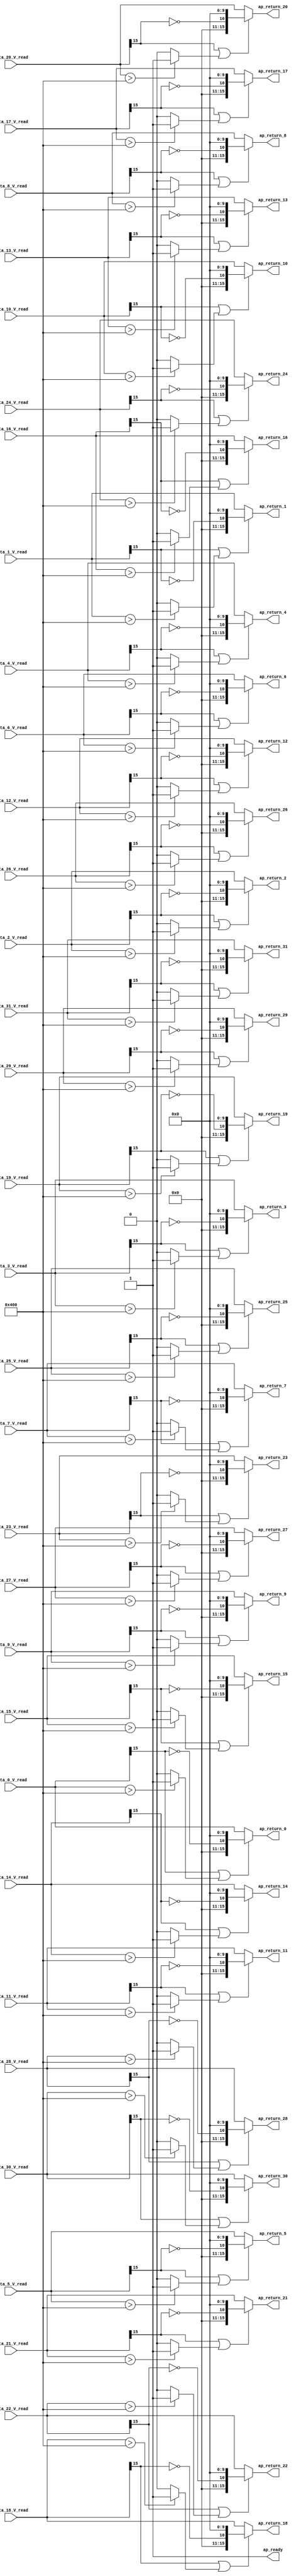

module relu_max_ap_fixed_ap_fixed_1_relu1_config13_s (
        ap_ready,
        data_0_V_read,
        data_1_V_read,
        data_2_V_read,
        data_3_V_read,
        data_4_V_read,
        data_5_V_read,
        data_6_V_read,
        data_7_V_read,
        data_8_V_read,
        data_9_V_read,
        data_10_V_read,
        data_11_V_read,
        data_12_V_read,
        data_13_V_read,
        data_14_V_read,
        data_15_V_read,
        data_16_V_read,
        data_17_V_read,
        data_18_V_read,
        data_19_V_read,
        data_20_V_read,
        data_21_V_read,
        data_22_V_read,
        data_23_V_read,
        data_24_V_read,
        data_25_V_read,
        data_26_V_read,
        data_27_V_read,
        data_28_V_read,
        data_29_V_read,
        data_30_V_read,
        data_31_V_read,
        ap_return_0,
        ap_return_1,
        ap_return_2,
        ap_return_3,
        ap_return_4,
        ap_return_5,
        ap_return_6,
        ap_return_7,
        ap_return_8,
        ap_return_9,
        ap_return_10,
        ap_return_11,
        ap_return_12,
        ap_return_13,
        ap_return_14,
        ap_return_15,
        ap_return_16,
        ap_return_17,
        ap_return_18,
        ap_return_19,
        ap_return_20,
        ap_return_21,
        ap_return_22,
        ap_return_23,
        ap_return_24,
        ap_return_25,
        ap_return_26,
        ap_return_27,
        ap_return_28,
        ap_return_29,
        ap_return_30,
        ap_return_31
);


output   ap_ready;
input  [15:0] data_0_V_read;
input  [15:0] data_1_V_read;
input  [15:0] data_2_V_read;
input  [15:0] data_3_V_read;
input  [15:0] data_4_V_read;
input  [15:0] data_5_V_read;
input  [15:0] data_6_V_read;
input  [15:0] data_7_V_read;
input  [15:0] data_8_V_read;
input  [15:0] data_9_V_read;
input  [15:0] data_10_V_read;
input  [15:0] data_11_V_read;
input  [15:0] data_12_V_read;
input  [15:0] data_13_V_read;
input  [15:0] data_14_V_read;
input  [15:0] data_15_V_read;
input  [15:0] data_16_V_read;
input  [15:0] data_17_V_read;
input  [15:0] data_18_V_read;
input  [15:0] data_19_V_read;
input  [15:0] data_20_V_read;
input  [15:0] data_21_V_read;
input  [15:0] data_22_V_read;
input  [15:0] data_23_V_read;
input  [15:0] data_24_V_read;
input  [15:0] data_25_V_read;
input  [15:0] data_26_V_read;
input  [15:0] data_27_V_read;
input  [15:0] data_28_V_read;
input  [15:0] data_29_V_read;
input  [15:0] data_30_V_read;
input  [15:0] data_31_V_read;
output  [15:0] ap_return_0;
output  [15:0] ap_return_1;
output  [15:0] ap_return_2;
output  [15:0] ap_return_3;
output  [15:0] ap_return_4;
output  [15:0] ap_return_5;
output  [15:0] ap_return_6;
output  [15:0] ap_return_7;
output  [15:0] ap_return_8;
output  [15:0] ap_return_9;
output  [15:0] ap_return_10;
output  [15:0] ap_return_11;
output  [15:0] ap_return_12;
output  [15:0] ap_return_13;
output  [15:0] ap_return_14;
output  [15:0] ap_return_15;
output  [15:0] ap_return_16;
output  [15:0] ap_return_17;
output  [15:0] ap_return_18;
output  [15:0] ap_return_19;
output  [15:0] ap_return_20;
output  [15:0] ap_return_21;
output  [15:0] ap_return_22;
output  [15:0] ap_return_23;
output  [15:0] ap_return_24;
output  [15:0] ap_return_25;
output  [15:0] ap_return_26;
output  [15:0] ap_return_27;
output  [15:0] ap_return_28;
output  [15:0] ap_return_29;
output  [15:0] ap_return_30;
output  [15:0] ap_return_31;

wire   [0:0] tmp_290_fu_302_p3;
wire   [0:0] xor_ln1495_fu_310_p2;
wire   [10:0] tmp_291_fu_316_p3;
wire   [0:0] tmp_289_fu_288_p3;
wire   [0:0] icmp_ln1494_fu_296_p2;
wire   [0:0] or_ln1495_fu_328_p2;
wire   [15:0] zext_ln1495_fu_324_p1;
wire   [0:0] tmp_293_fu_356_p3;
wire   [0:0] xor_ln1495_95_fu_364_p2;
wire   [10:0] tmp_294_fu_370_p3;
wire   [0:0] tmp_292_fu_342_p3;
wire   [0:0] icmp_ln1494_1_fu_350_p2;
wire   [0:0] or_ln1495_95_fu_382_p2;
wire   [15:0] zext_ln1495_95_fu_378_p1;
wire   [0:0] tmp_296_fu_410_p3;
wire   [0:0] xor_ln1495_96_fu_418_p2;
wire   [10:0] tmp_297_fu_424_p3;
wire   [0:0] tmp_295_fu_396_p3;
wire   [0:0] icmp_ln1494_2_fu_404_p2;
wire   [0:0] or_ln1495_96_fu_436_p2;
wire   [15:0] zext_ln1495_96_fu_432_p1;
wire   [0:0] tmp_299_fu_464_p3;
wire   [0:0] xor_ln1495_97_fu_472_p2;
wire   [10:0] tmp_300_fu_478_p3;
wire   [0:0] tmp_298_fu_450_p3;
wire   [0:0] icmp_ln1494_3_fu_458_p2;
wire   [0:0] or_ln1495_97_fu_490_p2;
wire   [15:0] zext_ln1495_97_fu_486_p1;
wire   [0:0] tmp_302_fu_518_p3;
wire   [0:0] xor_ln1495_98_fu_526_p2;
wire   [10:0] tmp_303_fu_532_p3;
wire   [0:0] tmp_301_fu_504_p3;
wire   [0:0] icmp_ln1494_4_fu_512_p2;
wire   [0:0] or_ln1495_98_fu_544_p2;
wire   [15:0] zext_ln1495_98_fu_540_p1;
wire   [0:0] tmp_305_fu_572_p3;
wire   [0:0] xor_ln1495_99_fu_580_p2;
wire   [10:0] tmp_306_fu_586_p3;
wire   [0:0] tmp_304_fu_558_p3;
wire   [0:0] icmp_ln1494_5_fu_566_p2;
wire   [0:0] or_ln1495_99_fu_598_p2;
wire   [15:0] zext_ln1495_99_fu_594_p1;
wire   [0:0] tmp_308_fu_626_p3;
wire   [0:0] xor_ln1495_100_fu_634_p2;
wire   [10:0] tmp_309_fu_640_p3;
wire   [0:0] tmp_307_fu_612_p3;
wire   [0:0] icmp_ln1494_6_fu_620_p2;
wire   [0:0] or_ln1495_100_fu_652_p2;
wire   [15:0] zext_ln1495_100_fu_648_p1;
wire   [0:0] tmp_311_fu_680_p3;
wire   [0:0] xor_ln1495_101_fu_688_p2;
wire   [10:0] tmp_312_fu_694_p3;
wire   [0:0] tmp_310_fu_666_p3;
wire   [0:0] icmp_ln1494_7_fu_674_p2;
wire   [0:0] or_ln1495_101_fu_706_p2;
wire   [15:0] zext_ln1495_101_fu_702_p1;
wire   [0:0] tmp_314_fu_734_p3;
wire   [0:0] xor_ln1495_102_fu_742_p2;
wire   [10:0] tmp_315_fu_748_p3;
wire   [0:0] tmp_313_fu_720_p3;
wire   [0:0] icmp_ln1494_8_fu_728_p2;
wire   [0:0] or_ln1495_102_fu_760_p2;
wire   [15:0] zext_ln1495_102_fu_756_p1;
wire   [0:0] tmp_317_fu_788_p3;
wire   [0:0] xor_ln1495_103_fu_796_p2;
wire   [10:0] tmp_318_fu_802_p3;
wire   [0:0] tmp_316_fu_774_p3;
wire   [0:0] icmp_ln1494_9_fu_782_p2;
wire   [0:0] or_ln1495_103_fu_814_p2;
wire   [15:0] zext_ln1495_103_fu_810_p1;
wire   [0:0] tmp_320_fu_842_p3;
wire   [0:0] xor_ln1495_104_fu_850_p2;
wire   [10:0] tmp_321_fu_856_p3;
wire   [0:0] tmp_319_fu_828_p3;
wire   [0:0] icmp_ln1494_10_fu_836_p2;
wire   [0:0] or_ln1495_104_fu_868_p2;
wire   [15:0] zext_ln1495_104_fu_864_p1;
wire   [0:0] tmp_323_fu_896_p3;
wire   [0:0] xor_ln1495_105_fu_904_p2;
wire   [10:0] tmp_324_fu_910_p3;
wire   [0:0] tmp_322_fu_882_p3;
wire   [0:0] icmp_ln1494_11_fu_890_p2;
wire   [0:0] or_ln1495_105_fu_922_p2;
wire   [15:0] zext_ln1495_105_fu_918_p1;
wire   [0:0] tmp_326_fu_950_p3;
wire   [0:0] xor_ln1495_106_fu_958_p2;
wire   [10:0] tmp_327_fu_964_p3;
wire   [0:0] tmp_325_fu_936_p3;
wire   [0:0] icmp_ln1494_12_fu_944_p2;
wire   [0:0] or_ln1495_106_fu_976_p2;
wire   [15:0] zext_ln1495_106_fu_972_p1;
wire   [0:0] tmp_329_fu_1004_p3;
wire   [0:0] xor_ln1495_107_fu_1012_p2;
wire   [10:0] tmp_330_fu_1018_p3;
wire   [0:0] tmp_328_fu_990_p3;
wire   [0:0] icmp_ln1494_13_fu_998_p2;
wire   [0:0] or_ln1495_107_fu_1030_p2;
wire   [15:0] zext_ln1495_107_fu_1026_p1;
wire   [0:0] tmp_332_fu_1058_p3;
wire   [0:0] xor_ln1495_108_fu_1066_p2;
wire   [10:0] tmp_333_fu_1072_p3;
wire   [0:0] tmp_331_fu_1044_p3;
wire   [0:0] icmp_ln1494_14_fu_1052_p2;
wire   [0:0] or_ln1495_108_fu_1084_p2;
wire   [15:0] zext_ln1495_108_fu_1080_p1;
wire   [0:0] tmp_335_fu_1112_p3;
wire   [0:0] xor_ln1495_109_fu_1120_p2;
wire   [10:0] tmp_336_fu_1126_p3;
wire   [0:0] tmp_334_fu_1098_p3;
wire   [0:0] icmp_ln1494_15_fu_1106_p2;
wire   [0:0] or_ln1495_109_fu_1138_p2;
wire   [15:0] zext_ln1495_109_fu_1134_p1;
wire   [0:0] tmp_338_fu_1166_p3;
wire   [0:0] xor_ln1495_110_fu_1174_p2;
wire   [10:0] tmp_339_fu_1180_p3;
wire   [0:0] tmp_337_fu_1152_p3;
wire   [0:0] icmp_ln1494_16_fu_1160_p2;
wire   [0:0] or_ln1495_110_fu_1192_p2;
wire   [15:0] zext_ln1495_110_fu_1188_p1;
wire   [0:0] tmp_341_fu_1220_p3;
wire   [0:0] xor_ln1495_111_fu_1228_p2;
wire   [10:0] tmp_342_fu_1234_p3;
wire   [0:0] tmp_340_fu_1206_p3;
wire   [0:0] icmp_ln1494_17_fu_1214_p2;
wire   [0:0] or_ln1495_111_fu_1246_p2;
wire   [15:0] zext_ln1495_111_fu_1242_p1;
wire   [0:0] tmp_344_fu_1274_p3;
wire   [0:0] xor_ln1495_112_fu_1282_p2;
wire   [10:0] tmp_345_fu_1288_p3;
wire   [0:0] tmp_343_fu_1260_p3;
wire   [0:0] icmp_ln1494_18_fu_1268_p2;
wire   [0:0] or_ln1495_112_fu_1300_p2;
wire   [15:0] zext_ln1495_112_fu_1296_p1;
wire   [0:0] tmp_347_fu_1328_p3;
wire   [0:0] xor_ln1495_113_fu_1336_p2;
wire   [10:0] tmp_348_fu_1342_p3;
wire   [0:0] tmp_346_fu_1314_p3;
wire   [0:0] icmp_ln1494_19_fu_1322_p2;
wire   [0:0] or_ln1495_113_fu_1354_p2;
wire   [15:0] zext_ln1495_113_fu_1350_p1;
wire   [0:0] tmp_350_fu_1382_p3;
wire   [0:0] xor_ln1495_114_fu_1390_p2;
wire   [10:0] tmp_351_fu_1396_p3;
wire   [0:0] tmp_349_fu_1368_p3;
wire   [0:0] icmp_ln1494_20_fu_1376_p2;
wire   [0:0] or_ln1495_114_fu_1408_p2;
wire   [15:0] zext_ln1495_114_fu_1404_p1;
wire   [0:0] tmp_353_fu_1436_p3;
wire   [0:0] xor_ln1495_115_fu_1444_p2;
wire   [10:0] tmp_354_fu_1450_p3;
wire   [0:0] tmp_352_fu_1422_p3;
wire   [0:0] icmp_ln1494_21_fu_1430_p2;
wire   [0:0] or_ln1495_115_fu_1462_p2;
wire   [15:0] zext_ln1495_115_fu_1458_p1;
wire   [0:0] tmp_356_fu_1490_p3;
wire   [0:0] xor_ln1495_116_fu_1498_p2;
wire   [10:0] tmp_357_fu_1504_p3;
wire   [0:0] tmp_355_fu_1476_p3;
wire   [0:0] icmp_ln1494_22_fu_1484_p2;
wire   [0:0] or_ln1495_116_fu_1516_p2;
wire   [15:0] zext_ln1495_116_fu_1512_p1;
wire   [0:0] tmp_359_fu_1544_p3;
wire   [0:0] xor_ln1495_117_fu_1552_p2;
wire   [10:0] tmp_360_fu_1558_p3;
wire   [0:0] tmp_358_fu_1530_p3;
wire   [0:0] icmp_ln1494_23_fu_1538_p2;
wire   [0:0] or_ln1495_117_fu_1570_p2;
wire   [15:0] zext_ln1495_117_fu_1566_p1;
wire   [0:0] tmp_362_fu_1598_p3;
wire   [0:0] xor_ln1495_118_fu_1606_p2;
wire   [10:0] tmp_363_fu_1612_p3;
wire   [0:0] tmp_361_fu_1584_p3;
wire   [0:0] icmp_ln1494_24_fu_1592_p2;
wire   [0:0] or_ln1495_118_fu_1624_p2;
wire   [15:0] zext_ln1495_118_fu_1620_p1;
wire   [0:0] tmp_365_fu_1652_p3;
wire   [0:0] xor_ln1495_119_fu_1660_p2;
wire   [10:0] tmp_366_fu_1666_p3;
wire   [0:0] tmp_364_fu_1638_p3;
wire   [0:0] icmp_ln1494_25_fu_1646_p2;
wire   [0:0] or_ln1495_119_fu_1678_p2;
wire   [15:0] zext_ln1495_119_fu_1674_p1;
wire   [0:0] tmp_368_fu_1706_p3;
wire   [0:0] xor_ln1495_120_fu_1714_p2;
wire   [10:0] tmp_369_fu_1720_p3;
wire   [0:0] tmp_367_fu_1692_p3;
wire   [0:0] icmp_ln1494_26_fu_1700_p2;
wire   [0:0] or_ln1495_120_fu_1732_p2;
wire   [15:0] zext_ln1495_120_fu_1728_p1;
wire   [0:0] tmp_371_fu_1760_p3;
wire   [0:0] xor_ln1495_121_fu_1768_p2;
wire   [10:0] tmp_372_fu_1774_p3;
wire   [0:0] tmp_370_fu_1746_p3;
wire   [0:0] icmp_ln1494_27_fu_1754_p2;
wire   [0:0] or_ln1495_121_fu_1786_p2;
wire   [15:0] zext_ln1495_121_fu_1782_p1;
wire   [0:0] tmp_374_fu_1814_p3;
wire   [0:0] xor_ln1495_122_fu_1822_p2;
wire   [10:0] tmp_375_fu_1828_p3;
wire   [0:0] tmp_373_fu_1800_p3;
wire   [0:0] icmp_ln1494_28_fu_1808_p2;
wire   [0:0] or_ln1495_122_fu_1840_p2;
wire   [15:0] zext_ln1495_122_fu_1836_p1;
wire   [0:0] tmp_377_fu_1868_p3;
wire   [0:0] xor_ln1495_123_fu_1876_p2;
wire   [10:0] tmp_378_fu_1882_p3;
wire   [0:0] tmp_376_fu_1854_p3;
wire   [0:0] icmp_ln1494_29_fu_1862_p2;
wire   [0:0] or_ln1495_123_fu_1894_p2;
wire   [15:0] zext_ln1495_123_fu_1890_p1;
wire   [0:0] tmp_380_fu_1922_p3;
wire   [0:0] xor_ln1495_124_fu_1930_p2;
wire   [10:0] tmp_381_fu_1936_p3;
wire   [0:0] tmp_379_fu_1908_p3;
wire   [0:0] icmp_ln1494_30_fu_1916_p2;
wire   [0:0] or_ln1495_124_fu_1948_p2;
wire   [15:0] zext_ln1495_124_fu_1944_p1;
wire   [0:0] tmp_383_fu_1976_p3;
wire   [0:0] xor_ln1495_125_fu_1984_p2;
wire   [10:0] tmp_384_fu_1990_p3;
wire   [0:0] tmp_382_fu_1962_p3;
wire   [0:0] icmp_ln1494_31_fu_1970_p2;
wire   [0:0] or_ln1495_125_fu_2002_p2;
wire   [15:0] zext_ln1495_125_fu_1998_p1;
wire   [15:0] select_ln1495_fu_334_p3;
wire   [15:0] select_ln1495_95_fu_388_p3;
wire   [15:0] select_ln1495_96_fu_442_p3;
wire   [15:0] select_ln1495_97_fu_496_p3;
wire   [15:0] select_ln1495_98_fu_550_p3;
wire   [15:0] select_ln1495_99_fu_604_p3;
wire   [15:0] select_ln1495_100_fu_658_p3;
wire   [15:0] select_ln1495_101_fu_712_p3;
wire   [15:0] select_ln1495_102_fu_766_p3;
wire   [15:0] select_ln1495_103_fu_820_p3;
wire   [15:0] select_ln1495_104_fu_874_p3;
wire   [15:0] select_ln1495_105_fu_928_p3;
wire   [15:0] select_ln1495_106_fu_982_p3;
wire   [15:0] select_ln1495_107_fu_1036_p3;
wire   [15:0] select_ln1495_108_fu_1090_p3;
wire   [15:0] select_ln1495_109_fu_1144_p3;
wire   [15:0] select_ln1495_110_fu_1198_p3;
wire   [15:0] select_ln1495_111_fu_1252_p3;
wire   [15:0] select_ln1495_112_fu_1306_p3;
wire   [15:0] select_ln1495_113_fu_1360_p3;
wire   [15:0] select_ln1495_114_fu_1414_p3;
wire   [15:0] select_ln1495_115_fu_1468_p3;
wire   [15:0] select_ln1495_116_fu_1522_p3;
wire   [15:0] select_ln1495_117_fu_1576_p3;
wire   [15:0] select_ln1495_118_fu_1630_p3;
wire   [15:0] select_ln1495_119_fu_1684_p3;
wire   [15:0] select_ln1495_120_fu_1738_p3;
wire   [15:0] select_ln1495_121_fu_1792_p3;
wire   [15:0] select_ln1495_122_fu_1846_p3;
wire   [15:0] select_ln1495_123_fu_1900_p3;
wire   [15:0] select_ln1495_124_fu_1954_p3;
wire   [15:0] select_ln1495_125_fu_2008_p3;

assign ap_ready = 1'b1;

assign ap_return_0 = select_ln1495_fu_334_p3;

assign ap_return_1 = select_ln1495_95_fu_388_p3;

assign ap_return_10 = select_ln1495_104_fu_874_p3;

assign ap_return_11 = select_ln1495_105_fu_928_p3;

assign ap_return_12 = select_ln1495_106_fu_982_p3;

assign ap_return_13 = select_ln1495_107_fu_1036_p3;

assign ap_return_14 = select_ln1495_108_fu_1090_p3;

assign ap_return_15 = select_ln1495_109_fu_1144_p3;

assign ap_return_16 = select_ln1495_110_fu_1198_p3;

assign ap_return_17 = select_ln1495_111_fu_1252_p3;

assign ap_return_18 = select_ln1495_112_fu_1306_p3;

assign ap_return_19 = select_ln1495_113_fu_1360_p3;

assign ap_return_2 = select_ln1495_96_fu_442_p3;

assign ap_return_20 = select_ln1495_114_fu_1414_p3;

assign ap_return_21 = select_ln1495_115_fu_1468_p3;

assign ap_return_22 = select_ln1495_116_fu_1522_p3;

assign ap_return_23 = select_ln1495_117_fu_1576_p3;

assign ap_return_24 = select_ln1495_118_fu_1630_p3;

assign ap_return_25 = select_ln1495_119_fu_1684_p3;

assign ap_return_26 = select_ln1495_120_fu_1738_p3;

assign ap_return_27 = select_ln1495_121_fu_1792_p3;

assign ap_return_28 = select_ln1495_122_fu_1846_p3;

assign ap_return_29 = select_ln1495_123_fu_1900_p3;

assign ap_return_3 = select_ln1495_97_fu_496_p3;

assign ap_return_30 = select_ln1495_124_fu_1954_p3;

assign ap_return_31 = select_ln1495_125_fu_2008_p3;

assign ap_return_4 = select_ln1495_98_fu_550_p3;

assign ap_return_5 = select_ln1495_99_fu_604_p3;

assign ap_return_6 = select_ln1495_100_fu_658_p3;

assign ap_return_7 = select_ln1495_101_fu_712_p3;

assign ap_return_8 = select_ln1495_102_fu_766_p3;

assign ap_return_9 = select_ln1495_103_fu_820_p3;

assign icmp_ln1494_10_fu_836_p2 = (((data_10_V_read) > (16'd1024)) ? 1'b1 : 1'b0);

assign icmp_ln1494_11_fu_890_p2 = (((data_11_V_read) > (16'd1024)) ? 1'b1 : 1'b0);

assign icmp_ln1494_12_fu_944_p2 = (((data_12_V_read) > (16'd1024)) ? 1'b1 : 1'b0);

assign icmp_ln1494_13_fu_998_p2 = (((data_13_V_read) > (16'd1024)) ? 1'b1 : 1'b0);

assign icmp_ln1494_14_fu_1052_p2 = (((data_14_V_read) > (16'd1024)) ? 1'b1 : 1'b0);

assign icmp_ln1494_15_fu_1106_p2 = (((data_15_V_read) > (16'd1024)) ? 1'b1 : 1'b0);

assign icmp_ln1494_16_fu_1160_p2 = (((data_16_V_read) > (16'd1024)) ? 1'b1 : 1'b0);

assign icmp_ln1494_17_fu_1214_p2 = (((data_17_V_read) > (16'd1024)) ? 1'b1 : 1'b0);

assign icmp_ln1494_18_fu_1268_p2 = (((data_18_V_read) > (16'd1024)) ? 1'b1 : 1'b0);

assign icmp_ln1494_19_fu_1322_p2 = (((data_19_V_read) > (16'd1024)) ? 1'b1 : 1'b0);

assign icmp_ln1494_1_fu_350_p2 = (((data_1_V_read) > (16'd1024)) ? 1'b1 : 1'b0);

assign icmp_ln1494_20_fu_1376_p2 = (((data_20_V_read) > (16'd1024)) ? 1'b1 : 1'b0);

assign icmp_ln1494_21_fu_1430_p2 = (((data_21_V_read) > (16'd1024)) ? 1'b1 : 1'b0);

assign icmp_ln1494_22_fu_1484_p2 = (((data_22_V_read) > (16'd1024)) ? 1'b1 : 1'b0);

assign icmp_ln1494_23_fu_1538_p2 = (((data_23_V_read) > (16'd1024)) ? 1'b1 : 1'b0);

assign icmp_ln1494_24_fu_1592_p2 = (((data_24_V_read) > (16'd1024)) ? 1'b1 : 1'b0);

assign icmp_ln1494_25_fu_1646_p2 = (((data_25_V_read) > (16'd1024)) ? 1'b1 : 1'b0);

assign icmp_ln1494_26_fu_1700_p2 = (((data_26_V_read) > (16'd1024)) ? 1'b1 : 1'b0);

assign icmp_ln1494_27_fu_1754_p2 = (((data_27_V_read) > (16'd1024)) ? 1'b1 : 1'b0);

assign icmp_ln1494_28_fu_1808_p2 = (((data_28_V_read) > (16'd1024)) ? 1'b1 : 1'b0);

assign icmp_ln1494_29_fu_1862_p2 = (((data_29_V_read) > (16'd1024)) ? 1'b1 : 1'b0);

assign icmp_ln1494_2_fu_404_p2 = (((data_2_V_read) > (16'd1024)) ? 1'b1 : 1'b0);

assign icmp_ln1494_30_fu_1916_p2 = (((data_30_V_read) > (16'd1024)) ? 1'b1 : 1'b0);

assign icmp_ln1494_31_fu_1970_p2 = (((data_31_V_read) > (16'd1024)) ? 1'b1 : 1'b0);

assign icmp_ln1494_3_fu_458_p2 = (((data_3_V_read) > (16'd1024)) ? 1'b1 : 1'b0);

assign icmp_ln1494_4_fu_512_p2 = (((data_4_V_read) > (16'd1024)) ? 1'b1 : 1'b0);

assign icmp_ln1494_5_fu_566_p2 = (((data_5_V_read) > (16'd1024)) ? 1'b1 : 1'b0);

assign icmp_ln1494_6_fu_620_p2 = (((data_6_V_read) > (16'd1024)) ? 1'b1 : 1'b0);

assign icmp_ln1494_7_fu_674_p2 = (((data_7_V_read) > (16'd1024)) ? 1'b1 : 1'b0);

assign icmp_ln1494_8_fu_728_p2 = (((data_8_V_read) > (16'd1024)) ? 1'b1 : 1'b0);

assign icmp_ln1494_9_fu_782_p2 = (((data_9_V_read) > (16'd1024)) ? 1'b1 : 1'b0);

assign icmp_ln1494_fu_296_p2 = (((data_0_V_read) > (16'd1024)) ? 1'b1 : 1'b0);

assign or_ln1495_100_fu_652_p2 = (tmp_307_fu_612_p3 | icmp_ln1494_6_fu_620_p2);

assign or_ln1495_101_fu_706_p2 = (tmp_310_fu_666_p3 | icmp_ln1494_7_fu_674_p2);

assign or_ln1495_102_fu_760_p2 = (tmp_313_fu_720_p3 | icmp_ln1494_8_fu_728_p2);

assign or_ln1495_103_fu_814_p2 = (tmp_316_fu_774_p3 | icmp_ln1494_9_fu_782_p2);

assign or_ln1495_104_fu_868_p2 = (tmp_319_fu_828_p3 | icmp_ln1494_10_fu_836_p2);

assign or_ln1495_105_fu_922_p2 = (tmp_322_fu_882_p3 | icmp_ln1494_11_fu_890_p2);

assign or_ln1495_106_fu_976_p2 = (tmp_325_fu_936_p3 | icmp_ln1494_12_fu_944_p2);

assign or_ln1495_107_fu_1030_p2 = (tmp_328_fu_990_p3 | icmp_ln1494_13_fu_998_p2);

assign or_ln1495_108_fu_1084_p2 = (tmp_331_fu_1044_p3 | icmp_ln1494_14_fu_1052_p2);

assign or_ln1495_109_fu_1138_p2 = (tmp_334_fu_1098_p3 | icmp_ln1494_15_fu_1106_p2);

assign or_ln1495_110_fu_1192_p2 = (tmp_337_fu_1152_p3 | icmp_ln1494_16_fu_1160_p2);

assign or_ln1495_111_fu_1246_p2 = (tmp_340_fu_1206_p3 | icmp_ln1494_17_fu_1214_p2);

assign or_ln1495_112_fu_1300_p2 = (tmp_343_fu_1260_p3 | icmp_ln1494_18_fu_1268_p2);

assign or_ln1495_113_fu_1354_p2 = (tmp_346_fu_1314_p3 | icmp_ln1494_19_fu_1322_p2);

assign or_ln1495_114_fu_1408_p2 = (tmp_349_fu_1368_p3 | icmp_ln1494_20_fu_1376_p2);

assign or_ln1495_115_fu_1462_p2 = (tmp_352_fu_1422_p3 | icmp_ln1494_21_fu_1430_p2);

assign or_ln1495_116_fu_1516_p2 = (tmp_355_fu_1476_p3 | icmp_ln1494_22_fu_1484_p2);

assign or_ln1495_117_fu_1570_p2 = (tmp_358_fu_1530_p3 | icmp_ln1494_23_fu_1538_p2);

assign or_ln1495_118_fu_1624_p2 = (tmp_361_fu_1584_p3 | icmp_ln1494_24_fu_1592_p2);

assign or_ln1495_119_fu_1678_p2 = (tmp_364_fu_1638_p3 | icmp_ln1494_25_fu_1646_p2);

assign or_ln1495_120_fu_1732_p2 = (tmp_367_fu_1692_p3 | icmp_ln1494_26_fu_1700_p2);

assign or_ln1495_121_fu_1786_p2 = (tmp_370_fu_1746_p3 | icmp_ln1494_27_fu_1754_p2);

assign or_ln1495_122_fu_1840_p2 = (tmp_373_fu_1800_p3 | icmp_ln1494_28_fu_1808_p2);

assign or_ln1495_123_fu_1894_p2 = (tmp_376_fu_1854_p3 | icmp_ln1494_29_fu_1862_p2);

assign or_ln1495_124_fu_1948_p2 = (tmp_379_fu_1908_p3 | icmp_ln1494_30_fu_1916_p2);

assign or_ln1495_125_fu_2002_p2 = (tmp_382_fu_1962_p3 | icmp_ln1494_31_fu_1970_p2);

assign or_ln1495_95_fu_382_p2 = (tmp_292_fu_342_p3 | icmp_ln1494_1_fu_350_p2);

assign or_ln1495_96_fu_436_p2 = (tmp_295_fu_396_p3 | icmp_ln1494_2_fu_404_p2);

assign or_ln1495_97_fu_490_p2 = (tmp_298_fu_450_p3 | icmp_ln1494_3_fu_458_p2);

assign or_ln1495_98_fu_544_p2 = (tmp_301_fu_504_p3 | icmp_ln1494_4_fu_512_p2);

assign or_ln1495_99_fu_598_p2 = (tmp_304_fu_558_p3 | icmp_ln1494_5_fu_566_p2);

assign or_ln1495_fu_328_p2 = (tmp_289_fu_288_p3 | icmp_ln1494_fu_296_p2);

assign select_ln1495_100_fu_658_p3 = ((or_ln1495_100_fu_652_p2[0:0] == 1'b1) ? zext_ln1495_100_fu_648_p1 : data_6_V_read);

assign select_ln1495_101_fu_712_p3 = ((or_ln1495_101_fu_706_p2[0:0] == 1'b1) ? zext_ln1495_101_fu_702_p1 : data_7_V_read);

assign select_ln1495_102_fu_766_p3 = ((or_ln1495_102_fu_760_p2[0:0] == 1'b1) ? zext_ln1495_102_fu_756_p1 : data_8_V_read);

assign select_ln1495_103_fu_820_p3 = ((or_ln1495_103_fu_814_p2[0:0] == 1'b1) ? zext_ln1495_103_fu_810_p1 : data_9_V_read);

assign select_ln1495_104_fu_874_p3 = ((or_ln1495_104_fu_868_p2[0:0] == 1'b1) ? zext_ln1495_104_fu_864_p1 : data_10_V_read);

assign select_ln1495_105_fu_928_p3 = ((or_ln1495_105_fu_922_p2[0:0] == 1'b1) ? zext_ln1495_105_fu_918_p1 : data_11_V_read);

assign select_ln1495_106_fu_982_p3 = ((or_ln1495_106_fu_976_p2[0:0] == 1'b1) ? zext_ln1495_106_fu_972_p1 : data_12_V_read);

assign select_ln1495_107_fu_1036_p3 = ((or_ln1495_107_fu_1030_p2[0:0] == 1'b1) ? zext_ln1495_107_fu_1026_p1 : data_13_V_read);

assign select_ln1495_108_fu_1090_p3 = ((or_ln1495_108_fu_1084_p2[0:0] == 1'b1) ? zext_ln1495_108_fu_1080_p1 : data_14_V_read);

assign select_ln1495_109_fu_1144_p3 = ((or_ln1495_109_fu_1138_p2[0:0] == 1'b1) ? zext_ln1495_109_fu_1134_p1 : data_15_V_read);

assign select_ln1495_110_fu_1198_p3 = ((or_ln1495_110_fu_1192_p2[0:0] == 1'b1) ? zext_ln1495_110_fu_1188_p1 : data_16_V_read);

assign select_ln1495_111_fu_1252_p3 = ((or_ln1495_111_fu_1246_p2[0:0] == 1'b1) ? zext_ln1495_111_fu_1242_p1 : data_17_V_read);

assign select_ln1495_112_fu_1306_p3 = ((or_ln1495_112_fu_1300_p2[0:0] == 1'b1) ? zext_ln1495_112_fu_1296_p1 : data_18_V_read);

assign select_ln1495_113_fu_1360_p3 = ((or_ln1495_113_fu_1354_p2[0:0] == 1'b1) ? zext_ln1495_113_fu_1350_p1 : data_19_V_read);

assign select_ln1495_114_fu_1414_p3 = ((or_ln1495_114_fu_1408_p2[0:0] == 1'b1) ? zext_ln1495_114_fu_1404_p1 : data_20_V_read);

assign select_ln1495_115_fu_1468_p3 = ((or_ln1495_115_fu_1462_p2[0:0] == 1'b1) ? zext_ln1495_115_fu_1458_p1 : data_21_V_read);

assign select_ln1495_116_fu_1522_p3 = ((or_ln1495_116_fu_1516_p2[0:0] == 1'b1) ? zext_ln1495_116_fu_1512_p1 : data_22_V_read);

assign select_ln1495_117_fu_1576_p3 = ((or_ln1495_117_fu_1570_p2[0:0] == 1'b1) ? zext_ln1495_117_fu_1566_p1 : data_23_V_read);

assign select_ln1495_118_fu_1630_p3 = ((or_ln1495_118_fu_1624_p2[0:0] == 1'b1) ? zext_ln1495_118_fu_1620_p1 : data_24_V_read);

assign select_ln1495_119_fu_1684_p3 = ((or_ln1495_119_fu_1678_p2[0:0] == 1'b1) ? zext_ln1495_119_fu_1674_p1 : data_25_V_read);

assign select_ln1495_120_fu_1738_p3 = ((or_ln1495_120_fu_1732_p2[0:0] == 1'b1) ? zext_ln1495_120_fu_1728_p1 : data_26_V_read);

assign select_ln1495_121_fu_1792_p3 = ((or_ln1495_121_fu_1786_p2[0:0] == 1'b1) ? zext_ln1495_121_fu_1782_p1 : data_27_V_read);

assign select_ln1495_122_fu_1846_p3 = ((or_ln1495_122_fu_1840_p2[0:0] == 1'b1) ? zext_ln1495_122_fu_1836_p1 : data_28_V_read);

assign select_ln1495_123_fu_1900_p3 = ((or_ln1495_123_fu_1894_p2[0:0] == 1'b1) ? zext_ln1495_123_fu_1890_p1 : data_29_V_read);

assign select_ln1495_124_fu_1954_p3 = ((or_ln1495_124_fu_1948_p2[0:0] == 1'b1) ? zext_ln1495_124_fu_1944_p1 : data_30_V_read);

assign select_ln1495_125_fu_2008_p3 = ((or_ln1495_125_fu_2002_p2[0:0] == 1'b1) ? zext_ln1495_125_fu_1998_p1 : data_31_V_read);

assign select_ln1495_95_fu_388_p3 = ((or_ln1495_95_fu_382_p2[0:0] == 1'b1) ? zext_ln1495_95_fu_378_p1 : data_1_V_read);

assign select_ln1495_96_fu_442_p3 = ((or_ln1495_96_fu_436_p2[0:0] == 1'b1) ? zext_ln1495_96_fu_432_p1 : data_2_V_read);

assign select_ln1495_97_fu_496_p3 = ((or_ln1495_97_fu_490_p2[0:0] == 1'b1) ? zext_ln1495_97_fu_486_p1 : data_3_V_read);

assign select_ln1495_98_fu_550_p3 = ((or_ln1495_98_fu_544_p2[0:0] == 1'b1) ? zext_ln1495_98_fu_540_p1 : data_4_V_read);

assign select_ln1495_99_fu_604_p3 = ((or_ln1495_99_fu_598_p2[0:0] == 1'b1) ? zext_ln1495_99_fu_594_p1 : data_5_V_read);

assign select_ln1495_fu_334_p3 = ((or_ln1495_fu_328_p2[0:0] == 1'b1) ? zext_ln1495_fu_324_p1 : data_0_V_read);

assign tmp_289_fu_288_p3 = data_0_V_read[32'd15];

assign tmp_290_fu_302_p3 = data_0_V_read[32'd15];

assign tmp_291_fu_316_p3 = {{xor_ln1495_fu_310_p2}, {10'd0}};

assign tmp_292_fu_342_p3 = data_1_V_read[32'd15];

assign tmp_293_fu_356_p3 = data_1_V_read[32'd15];

assign tmp_294_fu_370_p3 = {{xor_ln1495_95_fu_364_p2}, {10'd0}};

assign tmp_295_fu_396_p3 = data_2_V_read[32'd15];

assign tmp_296_fu_410_p3 = data_2_V_read[32'd15];

assign tmp_297_fu_424_p3 = {{xor_ln1495_96_fu_418_p2}, {10'd0}};

assign tmp_298_fu_450_p3 = data_3_V_read[32'd15];

assign tmp_299_fu_464_p3 = data_3_V_read[32'd15];

assign tmp_300_fu_478_p3 = {{xor_ln1495_97_fu_472_p2}, {10'd0}};

assign tmp_301_fu_504_p3 = data_4_V_read[32'd15];

assign tmp_302_fu_518_p3 = data_4_V_read[32'd15];

assign tmp_303_fu_532_p3 = {{xor_ln1495_98_fu_526_p2}, {10'd0}};

assign tmp_304_fu_558_p3 = data_5_V_read[32'd15];

assign tmp_305_fu_572_p3 = data_5_V_read[32'd15];

assign tmp_306_fu_586_p3 = {{xor_ln1495_99_fu_580_p2}, {10'd0}};

assign tmp_307_fu_612_p3 = data_6_V_read[32'd15];

assign tmp_308_fu_626_p3 = data_6_V_read[32'd15];

assign tmp_309_fu_640_p3 = {{xor_ln1495_100_fu_634_p2}, {10'd0}};

assign tmp_310_fu_666_p3 = data_7_V_read[32'd15];

assign tmp_311_fu_680_p3 = data_7_V_read[32'd15];

assign tmp_312_fu_694_p3 = {{xor_ln1495_101_fu_688_p2}, {10'd0}};

assign tmp_313_fu_720_p3 = data_8_V_read[32'd15];

assign tmp_314_fu_734_p3 = data_8_V_read[32'd15];

assign tmp_315_fu_748_p3 = {{xor_ln1495_102_fu_742_p2}, {10'd0}};

assign tmp_316_fu_774_p3 = data_9_V_read[32'd15];

assign tmp_317_fu_788_p3 = data_9_V_read[32'd15];

assign tmp_318_fu_802_p3 = {{xor_ln1495_103_fu_796_p2}, {10'd0}};

assign tmp_319_fu_828_p3 = data_10_V_read[32'd15];

assign tmp_320_fu_842_p3 = data_10_V_read[32'd15];

assign tmp_321_fu_856_p3 = {{xor_ln1495_104_fu_850_p2}, {10'd0}};

assign tmp_322_fu_882_p3 = data_11_V_read[32'd15];

assign tmp_323_fu_896_p3 = data_11_V_read[32'd15];

assign tmp_324_fu_910_p3 = {{xor_ln1495_105_fu_904_p2}, {10'd0}};

assign tmp_325_fu_936_p3 = data_12_V_read[32'd15];

assign tmp_326_fu_950_p3 = data_12_V_read[32'd15];

assign tmp_327_fu_964_p3 = {{xor_ln1495_106_fu_958_p2}, {10'd0}};

assign tmp_328_fu_990_p3 = data_13_V_read[32'd15];

assign tmp_329_fu_1004_p3 = data_13_V_read[32'd15];

assign tmp_330_fu_1018_p3 = {{xor_ln1495_107_fu_1012_p2}, {10'd0}};

assign tmp_331_fu_1044_p3 = data_14_V_read[32'd15];

assign tmp_332_fu_1058_p3 = data_14_V_read[32'd15];

assign tmp_333_fu_1072_p3 = {{xor_ln1495_108_fu_1066_p2}, {10'd0}};

assign tmp_334_fu_1098_p3 = data_15_V_read[32'd15];

assign tmp_335_fu_1112_p3 = data_15_V_read[32'd15];

assign tmp_336_fu_1126_p3 = {{xor_ln1495_109_fu_1120_p2}, {10'd0}};

assign tmp_337_fu_1152_p3 = data_16_V_read[32'd15];

assign tmp_338_fu_1166_p3 = data_16_V_read[32'd15];

assign tmp_339_fu_1180_p3 = {{xor_ln1495_110_fu_1174_p2}, {10'd0}};

assign tmp_340_fu_1206_p3 = data_17_V_read[32'd15];

assign tmp_341_fu_1220_p3 = data_17_V_read[32'd15];

assign tmp_342_fu_1234_p3 = {{xor_ln1495_111_fu_1228_p2}, {10'd0}};

assign tmp_343_fu_1260_p3 = data_18_V_read[32'd15];

assign tmp_344_fu_1274_p3 = data_18_V_read[32'd15];

assign tmp_345_fu_1288_p3 = {{xor_ln1495_112_fu_1282_p2}, {10'd0}};

assign tmp_346_fu_1314_p3 = data_19_V_read[32'd15];

assign tmp_347_fu_1328_p3 = data_19_V_read[32'd15];

assign tmp_348_fu_1342_p3 = {{xor_ln1495_113_fu_1336_p2}, {10'd0}};

assign tmp_349_fu_1368_p3 = data_20_V_read[32'd15];

assign tmp_350_fu_1382_p3 = data_20_V_read[32'd15];

assign tmp_351_fu_1396_p3 = {{xor_ln1495_114_fu_1390_p2}, {10'd0}};

assign tmp_352_fu_1422_p3 = data_21_V_read[32'd15];

assign tmp_353_fu_1436_p3 = data_21_V_read[32'd15];

assign tmp_354_fu_1450_p3 = {{xor_ln1495_115_fu_1444_p2}, {10'd0}};

assign tmp_355_fu_1476_p3 = data_22_V_read[32'd15];

assign tmp_356_fu_1490_p3 = data_22_V_read[32'd15];

assign tmp_357_fu_1504_p3 = {{xor_ln1495_116_fu_1498_p2}, {10'd0}};

assign tmp_358_fu_1530_p3 = data_23_V_read[32'd15];

assign tmp_359_fu_1544_p3 = data_23_V_read[32'd15];

assign tmp_360_fu_1558_p3 = {{xor_ln1495_117_fu_1552_p2}, {10'd0}};

assign tmp_361_fu_1584_p3 = data_24_V_read[32'd15];

assign tmp_362_fu_1598_p3 = data_24_V_read[32'd15];

assign tmp_363_fu_1612_p3 = {{xor_ln1495_118_fu_1606_p2}, {10'd0}};

assign tmp_364_fu_1638_p3 = data_25_V_read[32'd15];

assign tmp_365_fu_1652_p3 = data_25_V_read[32'd15];

assign tmp_366_fu_1666_p3 = {{xor_ln1495_119_fu_1660_p2}, {10'd0}};

assign tmp_367_fu_1692_p3 = data_26_V_read[32'd15];

assign tmp_368_fu_1706_p3 = data_26_V_read[32'd15];

assign tmp_369_fu_1720_p3 = {{xor_ln1495_120_fu_1714_p2}, {10'd0}};

assign tmp_370_fu_1746_p3 = data_27_V_read[32'd15];

assign tmp_371_fu_1760_p3 = data_27_V_read[32'd15];

assign tmp_372_fu_1774_p3 = {{xor_ln1495_121_fu_1768_p2}, {10'd0}};

assign tmp_373_fu_1800_p3 = data_28_V_read[32'd15];

assign tmp_374_fu_1814_p3 = data_28_V_read[32'd15];

assign tmp_375_fu_1828_p3 = {{xor_ln1495_122_fu_1822_p2}, {10'd0}};

assign tmp_376_fu_1854_p3 = data_29_V_read[32'd15];

assign tmp_377_fu_1868_p3 = data_29_V_read[32'd15];

assign tmp_378_fu_1882_p3 = {{xor_ln1495_123_fu_1876_p2}, {10'd0}};

assign tmp_379_fu_1908_p3 = data_30_V_read[32'd15];

assign tmp_380_fu_1922_p3 = data_30_V_read[32'd15];

assign tmp_381_fu_1936_p3 = {{xor_ln1495_124_fu_1930_p2}, {10'd0}};

assign tmp_382_fu_1962_p3 = data_31_V_read[32'd15];

assign tmp_383_fu_1976_p3 = data_31_V_read[32'd15];

assign tmp_384_fu_1990_p3 = {{xor_ln1495_125_fu_1984_p2}, {10'd0}};

assign xor_ln1495_100_fu_634_p2 = (tmp_308_fu_626_p3 ^ 1'd1);

assign xor_ln1495_101_fu_688_p2 = (tmp_311_fu_680_p3 ^ 1'd1);

assign xor_ln1495_102_fu_742_p2 = (tmp_314_fu_734_p3 ^ 1'd1);

assign xor_ln1495_103_fu_796_p2 = (tmp_317_fu_788_p3 ^ 1'd1);

assign xor_ln1495_104_fu_850_p2 = (tmp_320_fu_842_p3 ^ 1'd1);

assign xor_ln1495_105_fu_904_p2 = (tmp_323_fu_896_p3 ^ 1'd1);

assign xor_ln1495_106_fu_958_p2 = (tmp_326_fu_950_p3 ^ 1'd1);

assign xor_ln1495_107_fu_1012_p2 = (tmp_329_fu_1004_p3 ^ 1'd1);

assign xor_ln1495_108_fu_1066_p2 = (tmp_332_fu_1058_p3 ^ 1'd1);

assign xor_ln1495_109_fu_1120_p2 = (tmp_335_fu_1112_p3 ^ 1'd1);

assign xor_ln1495_110_fu_1174_p2 = (tmp_338_fu_1166_p3 ^ 1'd1);

assign xor_ln1495_111_fu_1228_p2 = (tmp_341_fu_1220_p3 ^ 1'd1);

assign xor_ln1495_112_fu_1282_p2 = (tmp_344_fu_1274_p3 ^ 1'd1);

assign xor_ln1495_113_fu_1336_p2 = (tmp_347_fu_1328_p3 ^ 1'd1);

assign xor_ln1495_114_fu_1390_p2 = (tmp_350_fu_1382_p3 ^ 1'd1);

assign xor_ln1495_115_fu_1444_p2 = (tmp_353_fu_1436_p3 ^ 1'd1);

assign xor_ln1495_116_fu_1498_p2 = (tmp_356_fu_1490_p3 ^ 1'd1);

assign xor_ln1495_117_fu_1552_p2 = (tmp_359_fu_1544_p3 ^ 1'd1);

assign xor_ln1495_118_fu_1606_p2 = (tmp_362_fu_1598_p3 ^ 1'd1);

assign xor_ln1495_119_fu_1660_p2 = (tmp_365_fu_1652_p3 ^ 1'd1);

assign xor_ln1495_120_fu_1714_p2 = (tmp_368_fu_1706_p3 ^ 1'd1);

assign xor_ln1495_121_fu_1768_p2 = (tmp_371_fu_1760_p3 ^ 1'd1);

assign xor_ln1495_122_fu_1822_p2 = (tmp_374_fu_1814_p3 ^ 1'd1);

assign xor_ln1495_123_fu_1876_p2 = (tmp_377_fu_1868_p3 ^ 1'd1);

assign xor_ln1495_124_fu_1930_p2 = (tmp_380_fu_1922_p3 ^ 1'd1);

assign xor_ln1495_125_fu_1984_p2 = (tmp_383_fu_1976_p3 ^ 1'd1);

assign xor_ln1495_95_fu_364_p2 = (tmp_293_fu_356_p3 ^ 1'd1);

assign xor_ln1495_96_fu_418_p2 = (tmp_296_fu_410_p3 ^ 1'd1);

assign xor_ln1495_97_fu_472_p2 = (tmp_299_fu_464_p3 ^ 1'd1);

assign xor_ln1495_98_fu_526_p2 = (tmp_302_fu_518_p3 ^ 1'd1);

assign xor_ln1495_99_fu_580_p2 = (tmp_305_fu_572_p3 ^ 1'd1);

assign xor_ln1495_fu_310_p2 = (tmp_290_fu_302_p3 ^ 1'd1);

assign zext_ln1495_100_fu_648_p1 = tmp_309_fu_640_p3;

assign zext_ln1495_101_fu_702_p1 = tmp_312_fu_694_p3;

assign zext_ln1495_102_fu_756_p1 = tmp_315_fu_748_p3;

assign zext_ln1495_103_fu_810_p1 = tmp_318_fu_802_p3;

assign zext_ln1495_104_fu_864_p1 = tmp_321_fu_856_p3;

assign zext_ln1495_105_fu_918_p1 = tmp_324_fu_910_p3;

assign zext_ln1495_106_fu_972_p1 = tmp_327_fu_964_p3;

assign zext_ln1495_107_fu_1026_p1 = tmp_330_fu_1018_p3;

assign zext_ln1495_108_fu_1080_p1 = tmp_333_fu_1072_p3;

assign zext_ln1495_109_fu_1134_p1 = tmp_336_fu_1126_p3;

assign zext_ln1495_110_fu_1188_p1 = tmp_339_fu_1180_p3;

assign zext_ln1495_111_fu_1242_p1 = tmp_342_fu_1234_p3;

assign zext_ln1495_112_fu_1296_p1 = tmp_345_fu_1288_p3;

assign zext_ln1495_113_fu_1350_p1 = tmp_348_fu_1342_p3;

assign zext_ln1495_114_fu_1404_p1 = tmp_351_fu_1396_p3;

assign zext_ln1495_115_fu_1458_p1 = tmp_354_fu_1450_p3;

assign zext_ln1495_116_fu_1512_p1 = tmp_357_fu_1504_p3;

assign zext_ln1495_117_fu_1566_p1 = tmp_360_fu_1558_p3;

assign zext_ln1495_118_fu_1620_p1 = tmp_363_fu_1612_p3;

assign zext_ln1495_119_fu_1674_p1 = tmp_366_fu_1666_p3;

assign zext_ln1495_120_fu_1728_p1 = tmp_369_fu_1720_p3;

assign zext_ln1495_121_fu_1782_p1 = tmp_372_fu_1774_p3;

assign zext_ln1495_122_fu_1836_p1 = tmp_375_fu_1828_p3;

assign zext_ln1495_123_fu_1890_p1 = tmp_378_fu_1882_p3;

assign zext_ln1495_124_fu_1944_p1 = tmp_381_fu_1936_p3;

assign zext_ln1495_125_fu_1998_p1 = tmp_384_fu_1990_p3;

assign zext_ln1495_95_fu_378_p1 = tmp_294_fu_370_p3;

assign zext_ln1495_96_fu_432_p1 = tmp_297_fu_424_p3;

assign zext_ln1495_97_fu_486_p1 = tmp_300_fu_478_p3;

assign zext_ln1495_98_fu_540_p1 = tmp_303_fu_532_p3;

assign zext_ln1495_99_fu_594_p1 = tmp_306_fu_586_p3;

assign zext_ln1495_fu_324_p1 = tmp_291_fu_316_p3;

endmodule //relu_max_ap_fixed_ap_fixed_1_relu1_config13_s